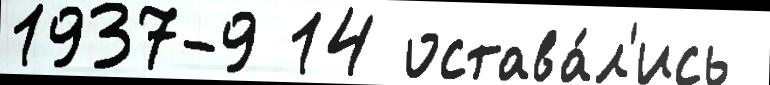
1937-9 14 остава́л'ись